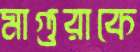
মাগুরাকে